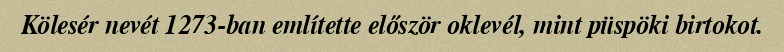
Kölesér nevét 1273-ban említette először oklevél, mint püspöki birtokot.